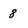
Character: 8